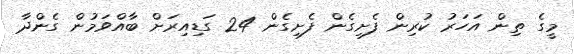
މީގެ ތިން އަހަރު ކުރިން ފެށިގެން ފެށިގެން 24 ގަޑިއިރަށް ބާއްވަމުން ގެންދާ